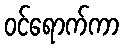
ဝင်ရောက်ကာ